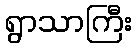
ရွာသာကြီး